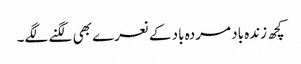
کچھ زندہ باد مردہ باد کے نعرے بھی لگنے لگے۔